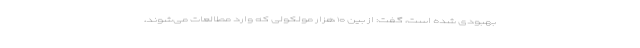
بهبودی شده است، گفت: از بین ۱۰ هزار مولکولی که وارد مطالعات می‌شوند،